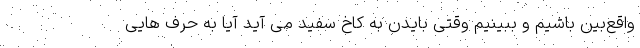
واقع‌بین باشیم و ببینیم وقتی بایدن به کاخ سفید می آید آیا به حرف هایی